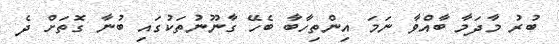
ބުރު މާދަމާ ބާއްވާ ނަމަ އިންތިހާބާ ބެހޭ ގާނޫނުތަކުގައި ބުނާ ގޮތަށް ދެ